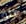
كلو